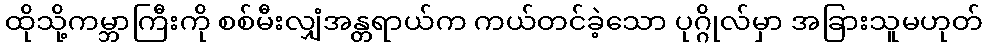
ထိုသို့ကမ္ဘာကြီးကို စစ်မီးလျှံအန္တရာယ်က ကယ်တင်ခဲ့သော ပုဂ္ဂိုလ်မှာ အခြားသူမဟုတ်